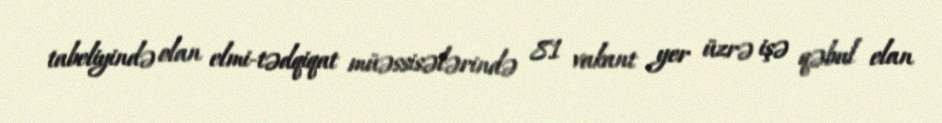
tabeliyində olan elmi-tədqiqat müəssisələrində 81 vakant yer üzrə işə qəbul elan